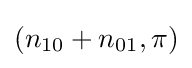
(n_{10}+n_{01},\pi )